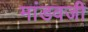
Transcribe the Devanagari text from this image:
मांडवजी